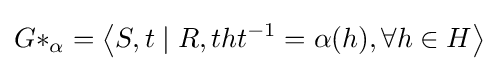
G*_{\alpha }=\left\langle S,t\mid R,tht^{-1}=\alpha (h),\forall h\in H\right\rangle